Report on lock hospitals in British Burma
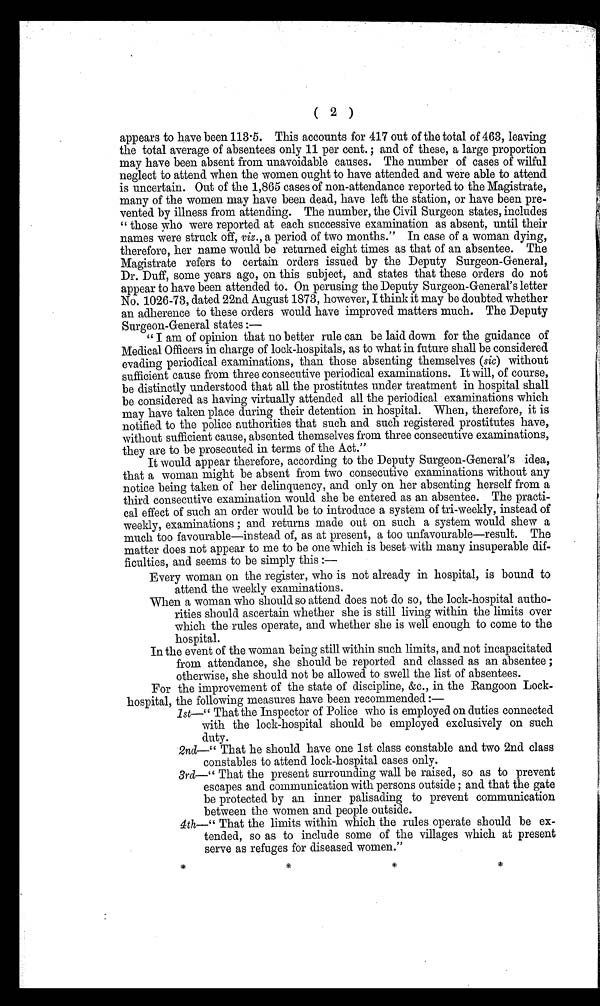
( 2 )
appears to have been 113.5. This accounts for 417 out of the total of 463, leaving
the total average of absentees only 11 per cent. ; and of these, a large proportion
may have been absent from unavoidable causes. The number of cases of wilful
neglect to attend when the women ought to have attended and were able to attend
is uncertain. Out of the 1,865 cases of non-attendance reported to the Magistrate,
many of the women may have been dead, have left the station, or have been pre-
vented by illness from attending. The number, the Civil Surgeon states, includes
" those who were reported at each successive examination as absent, until their
names were struck off, viz . a period of two months." In case of a woman dying,
therefore, her name would be returned eight times as that of an absentee. The
Magistrate refers to certain orders issued by the Deputy Surgeon-General,
Dr. Duff, some years ago, on this subject, and states that these orders do not
appear to have been attended to. On perusing the Deputy Surgeon-General's letter
No. 1026-73, dated 22nd August 1873, however, I think it may be doubted whether
an adherence to these orders would have improved matters much. The Deputy
Surgeon-General states :—
" I am of opinion that no better rule can be laid down for the guidance of
Medical Officers in charge of lock-hospitals, as to what in. future shall be considered
evading periodical examinations, than those absenting themselves ( sic) without
sufficient cause from three consecutive periodical examinations. It will, of course,
be distinctly understood that all the prostitutes under treatment in hospital shall
be considered as having virtually attended all the periodical examinations which
may have taken place during their detention in hospital. When, therefore, it is
notified. to the police authorities that such and such registered prostitutes have,
without sufficient cause, absented themselves from three consecutive examinations,
they are to be prosecuted in terms of the Act."
It would appear therefore, according to the Deputy Surgeon-General's idea,
that a woman might be absent from two consecutive examinations without any
notice being taken of her delinquency, and only on her absenting herself from a
third consecutive examination would she be entered as an absentee. The practi-
cal effect of such an order would be to introduce a system of tri-weekly, instead of
weekly, examinations ; and returns made out on such a system would shew a
much too favourable—instead of, as at present, a too unfavourable—result. The
matter does not appear to me to be one which is beset with many insuperable dif-
ficulties, and seems to be simply this :
—
Every woman on the register, who is not already in hospital, is bound to
attend the weekly examinations.
When a woman who should so attend does not do so, the lock-hospital autho-
rities should ascertain whether she is still living within the limits over
which the rules operate, and whether she is well enough to come to the
hospital.
In the event of the woman being still within such limits, and not incapacitated
from attendance, she should be reported and classed as an absentee ;
otherwise, she should not be allowed to swell the list of absentees.
For the improvement of the state of discipline, &c., in the Rangoon Lock-
hospital, the following measures have been recommended :-
1st—" That the Inspector of Police who is employed on duties connected
with the lock-hospital should be employed exclusively on such
duty.
2nd—" That he should have one 1st class constable and two 2nd class
constables to attend lock-hospital cases only.
3rd—" That the present surrounding wall be raised, so as to prevent
escapes and communication with persons outside ; and that the gate
be protected by an inner palisading to prevent communication
between the women and people outside.
4th—" That the limits within which the rules operate should be ex-
tended, so as to include some of the villages which at present
serve as refuges for diseased women."